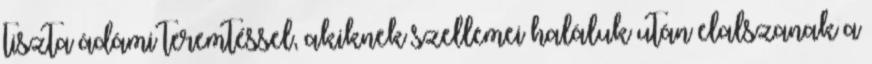
tiszta ádámi teremtéssel, akiknek szellemei haláluk után elalszanak a